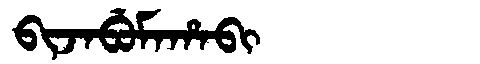
Manchu: ᠪᡳᠵᠠᠪᡠᠮᠠᡥᠠᠪᡳ
Romanization: BIJABUMAHABI